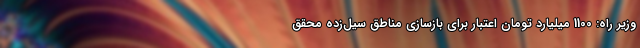
وزیر راه: 1100 میلیارد تومان اعتبار برای بازسازی مناطق سیل‌زده محقق